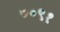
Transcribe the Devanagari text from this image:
७०९१